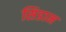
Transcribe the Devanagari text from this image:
सिडाम